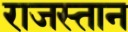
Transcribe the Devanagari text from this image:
राजस्तान